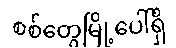
စစ်တွေမြို့ပေါ်ရှိ